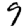
Digit: 9